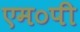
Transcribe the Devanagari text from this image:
एम०पी